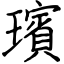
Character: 璸